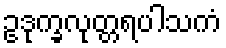
ဥဒုက္ခလုတ္တရပါသကံ